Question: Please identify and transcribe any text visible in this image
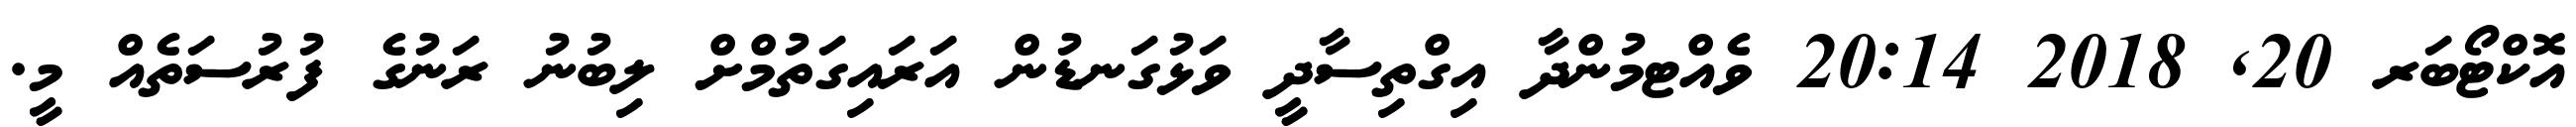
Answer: އޮކްޓޯބަރ 20, 2018 20:14 ވެއްޓމުންދާ އިގްތިސާދީ ވަޅުގަނޑުން އަރައިގަތުމްށް ލިބުނު ރަނުގެ ފުރުސަތެއް މީ.